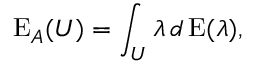
\operatorname { E } _ { A } ( U ) = \int _ { U } \lambda \, d \operatorname { E } ( \lambda ) ,